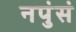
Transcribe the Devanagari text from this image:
नपुंसं